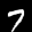
Label: 7